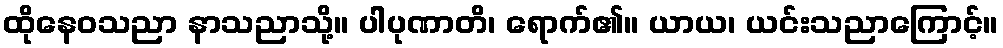
ထိုနေဝသညာ နာသညာသို့။ ပါပုဏာတိ၊ ရောက်၏။ ယာယ၊ ယင်းသညာကြောင့်။